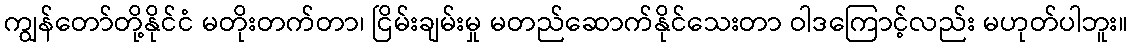
ကျွန်တော်တို့နိုင်ငံ မတိုးတက်တာ၊ ငြိမ်းချမ်းမှု မတည်ဆောက်နိုင်သေးတာ ဝါဒကြောင့်လည်း မဟုတ်ပါဘူး။